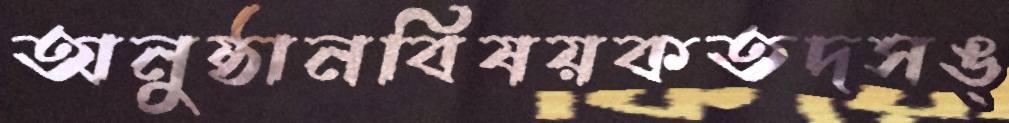
অনুষ্ঠানবিষয়কতদসঙ্